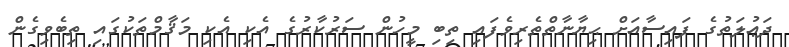
ދަޢުލަތުގެ ފައިސާއަށް ޙިޔާނާތްތެރިވެފައި ތިބި މީހުން ސަރުކާރުގެ އެކި އެކި މަޤާމްތަކުގައި ތިބެވިގެން